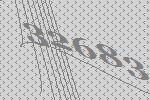
32683